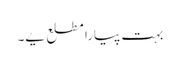
بہت پیارا مطلع یے۔